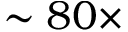
\sim 8 0 \times